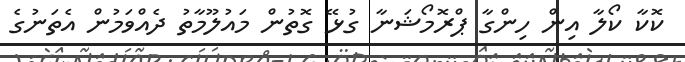
ކޮކާ ކޯލާ އިން ހިންގާ ޕްރޮމޯޝަނާ ގުޅޭ ގޮތުން މައުލޫމާތު ދެއްވަމުން އެތަނުގެ